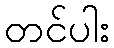
တင်ပါး